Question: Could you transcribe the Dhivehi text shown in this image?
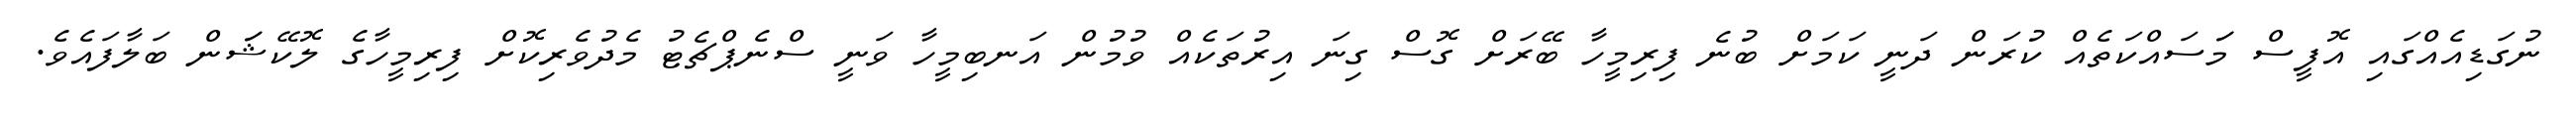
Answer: ނުގަޑިއެއްގައި އޮފީސް މަަސައްކަތެއް ކުރަން ދަނީ ކަމަށް ބުނެ ފިރިމީހާ ބޭރަށް ގޮސް ގިނަ އިރުތަކެއް ވުމުން އަނބިމީހާ ވަނީ ސްނެޕްޗެޓު މެދުވެރިކޮށް ފިރިމީހާގެ ލޮކޭޝަަން ބަލާފައެވެ.